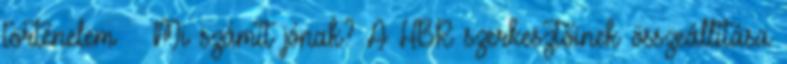
történelem – Mi számít jónak? A HBR szerkesztőinek összeállítása